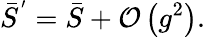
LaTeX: \bar{S}^{^{\prime}}=\bar{S}+{\mathcal{O}}\left(g^{2}\right).